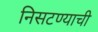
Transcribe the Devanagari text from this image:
निसटण्याची